system: You are a helpful assistant.
user:
Analyze the provided spectrum to determine if it is a **S-type Star**.

- **Key Indicators for S-type Star:**

    - **(Overall Spectrum Shape):** The first and most obvious characteristic is the overall continuum (the "baseline" shape). It is **extremely "red-sloping,"** meaning the flux (light intensity) is very low on the left side (blue, ~4000-4500 Å) and rises steeply and continuously toward the right side (red, ~7000 Å+).

    - **(Primary):** The spectrum is defined by the presence of strong, broad molecular absorption "valleys" (bands) from **Zirconium Oxide (ZrO)**. The identification of these bands is the **primary requirement** for classifying a star as S-type.
        - **(Key Bandheads):** You must find distinct, deep "dips" where the light has been absorbed. The most critical band systems to locate are:
            - **~6474 Å** ($\gamma$-system): This is often the strongest and clearest ZrO feature, found in the red part of the spectrum.
            - **~5718 Å** & **~5551 Å** ($\beta$-system): A pair of prominent absorption features in the yellow-orange part of the spectrum.
            - **~4640 Å** ($\alpha$-system): A key absorption band system in the blue-green region of the spectrum.

    - **(Secondary Confirmation):** The classification is strengthened by finding additional absorption bands from other related heavy element oxides, which are expected to be present alongside ZrO.
        - **(Key Bandheads):**
            - **Yttrium Oxide (YO):** Look for absorption dips near **~4800 Å** and **~6100 Å**.
            - **Lanthanum Oxide (LaO):** Additional absorption features, particularly in the red-orange part of the spectrum, are also characteristic.

    - **(Line Profile):** The combination of the steep red continuum and these numerous, deep molecular bands (ZrO, YO, etc.) gives the entire spectrum a very **"chopped-up"** or **"bumpy"** appearance. Instead of a smooth curve, the spectrum looks as though large, wide chunks of light have been "carved out" of it at the specific wavelengths listed above.

Think first, call **spectral_visualization_tool** if needed to examine features in detail, then provide your final answer. Your response must adhere to the following strict rules:
1.  **Overall Structure:** Your response must follow the format `<think>...</think> <tool_call>...</tool_call> (if a tool is used) <answer>...</answer>`.
2.  **Tool Usage Constraint:** You may only make **one** tool call per turn.
3.  **Final Answer Format:** In the `<answer>` tag, your conclusion must be inside a `\boxed{}` command (e.g., `\boxed{YES}` or `\boxed{NO}`), followed by your justification.

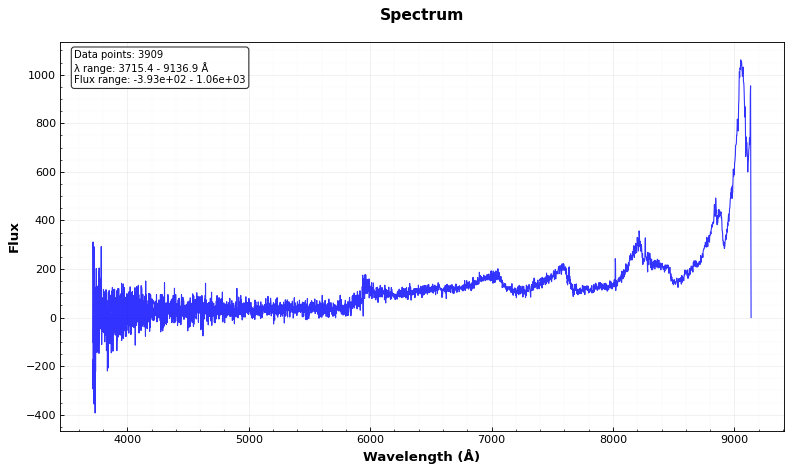
Answer: NO